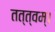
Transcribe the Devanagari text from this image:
तत्त्वम्।